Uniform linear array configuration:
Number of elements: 24
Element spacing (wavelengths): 0.75
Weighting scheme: hann
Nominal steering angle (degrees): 0
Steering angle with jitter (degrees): -0.2824
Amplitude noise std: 0.05
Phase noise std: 0.05

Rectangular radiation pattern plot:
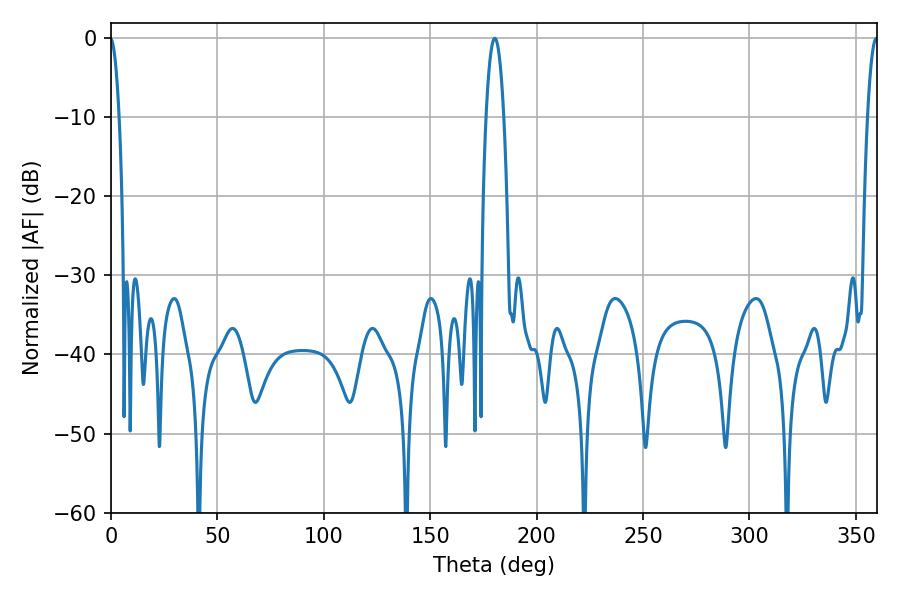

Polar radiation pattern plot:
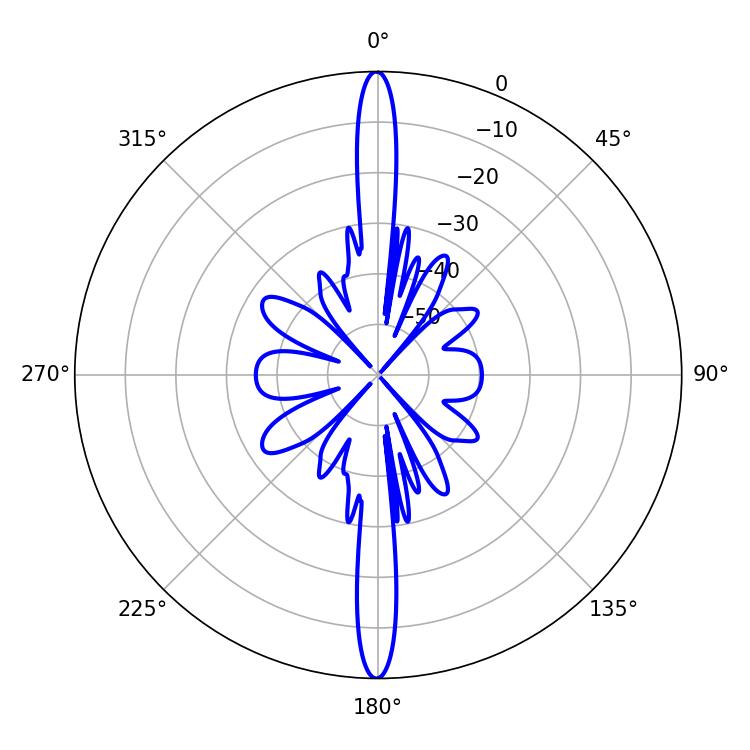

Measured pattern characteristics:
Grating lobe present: TRUE
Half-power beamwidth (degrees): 4.68
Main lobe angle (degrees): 180.36